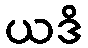
ယဒိ